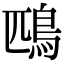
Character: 鴄